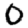
Digit: 0